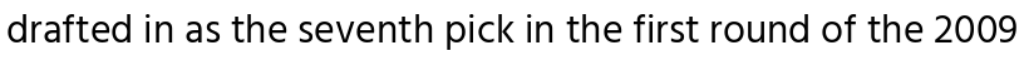
drafted in as the seventh pick in the first round of the 2009